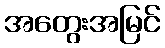
အတွေးအမြင်